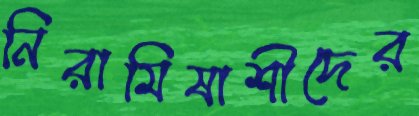
নিরামিষাশীদের